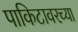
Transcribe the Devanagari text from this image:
पाकिटावरच्या